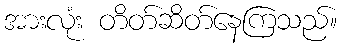
အားလုံး တိတ်ဆိတ်နေကြသည်။